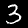
Label: 3